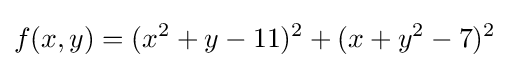
f(x,y)=(x^{2}+y-11)^{2}+(x+y^{2}-7)^{2}